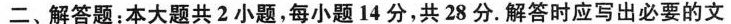
二、解答题：本大题共2小题，每小题14分，共28分。解答时应写出必要的文